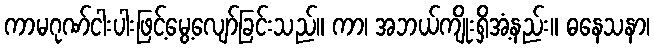
ကာမဂုဏ်ငါးပါးဖြင့်မွေ့လျော်ခြင်းသည်။ ကာ၊ အဘယ်ကျိုးရှိအံ့နည်း။ ဓနေသနာ၊